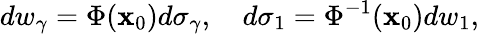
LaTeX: dw_{\gamma}=\Phi({\mathbf x}_{0})d\sigma_{\gamma},\quad d\sigma_{1}=\Phi^{-1}({\mathbf x}_{0})dw_{1},